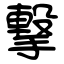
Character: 撃